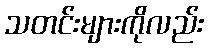
သတင်းများကိုလည်း